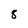
Character: 8